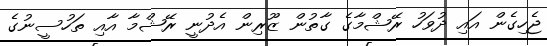
ޖެހިގެން އައި ދުވަހު ރޭޝްމާގެ ގާތުން ޒޫރިން އެދުނީ ރޭޝްމާ އާއި ތަހުސީނުގެ